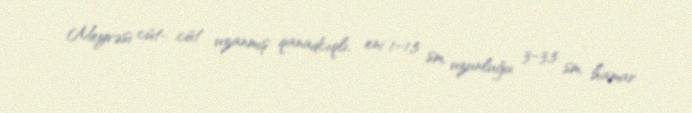
Meyvəsi cüt- cüt uzanmış qanadcıqlı, eni 1–1,5 sm, uzunluğu 3–3,5 sm, hamar